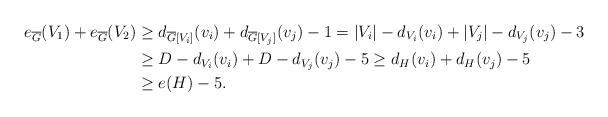
LaTeX: \begin{align*} e_{\overline{G}}(V_1) + e_{\overline{G}}(V_2) &\geq d_{\overline{G}[V_i]}(v_i) + d_{\overline{G}[V_j]}(v_j)-1 = |V_i|-d_{V_i}(v_i) + |V_j| - d_{V_j}(v_j)-3\\ &\geq D - d_{V_i}(v_i) + D - d_{V_j}(v_j) - 5\geq d_H(v_i) + d_H(v_j) - 5\\&\geq e(H) - 5.\end{align*}